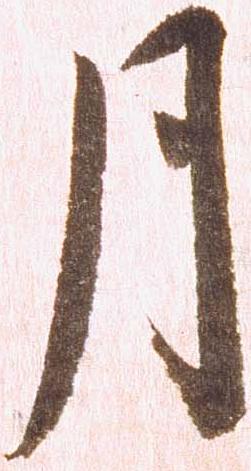
月